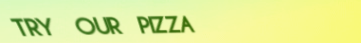
TRY OUR PIZZA